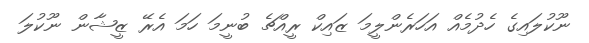
ނޫކުލައިގެ ހެދުމެއް އަހަރެންލީމަ ޒައިކް ރީއްޗެ ބުނީމަ ހަމަ އެރޭ ޒީޝާން ނޫކުލަ